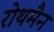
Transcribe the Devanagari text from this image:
रोथमैन